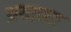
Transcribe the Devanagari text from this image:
अयानत